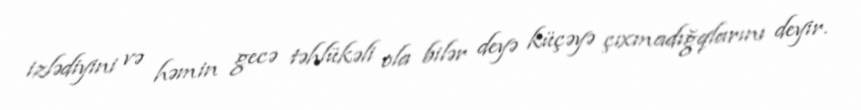
izlədiyini və həmin gecə təhlükəli ola bilər deyə küçəyə çıxmadığqlarını deyir.